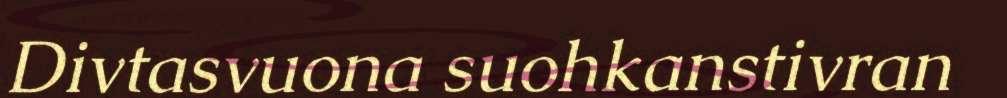
Divtasvuona suohkanstivran